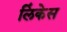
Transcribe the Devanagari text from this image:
लिंकेस